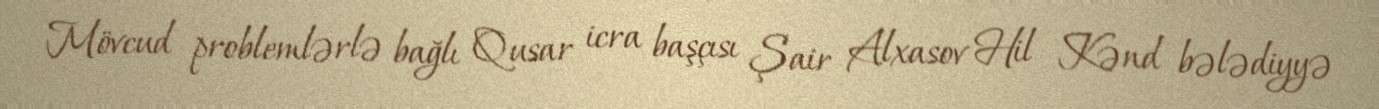
Mövcud problemlərlə bağlı Qusar icra başçısı Şair Alxasov Hil Kənd bələdiyyə